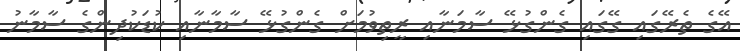
އޭގެ ތެރޭގައި ގޭގައި ގެންގުޅޭ ސާމަނާއި ރީތިވުމަށް ގެންގުޅޭ ސާމާނާއި ކުޑަކުދިންގެ ސާމާނު